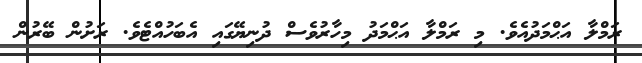
ރަމްލާ އަޙްމަދުއެވެ. މި ރަމްލާ އަޙްމަދު މިހާރުވެސް ދުނިޔޭގައި އެބަހުއްޓެވެ. ރަށުން ބޭރުން